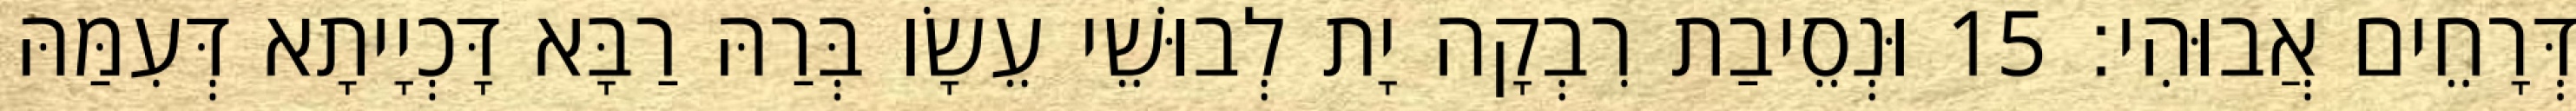
דְּרָחֵים אֲבוּהִי׃ 15 וּנְסֵיבַת רִבְקָה יָת לְבוּשֵׁי עֵשָׂו בְּרַהּ רַבָּא דָּכְיָיתָא דְּעִמַּהּ